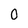
Character: O